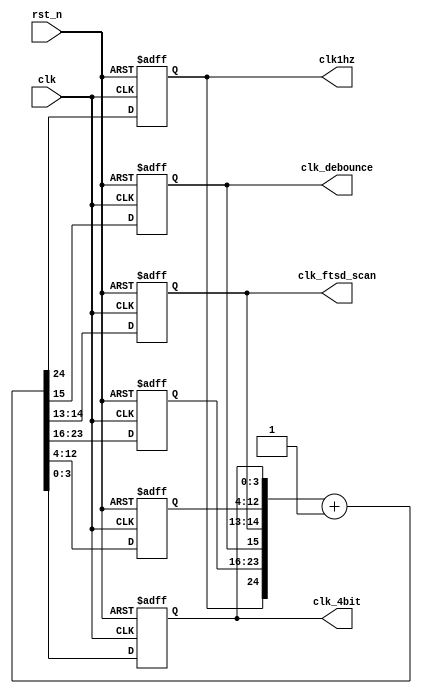
`timescale 1ns / 1ps
//////////////////////////////////////////////////////////////////////////////////
// Company: 
// Engineer: 
// 
// Design Name: 
// Module Name:    freq_div 
// Project Name: 
// Target Devices: 
// Tool versions: 
// Description: 
//
// Dependencies: 
//
// Revision: 
// Revision 0.01 - File Created
// Additional Comments: 
//
//////////////////////////////////////////////////////////////////////////////////
`define FREQ_DIV_BIT 25 // #bits for freq divider
`define FTSD_SCAN_CTL_BIT_WIDTH 2 // #bits for 14-seg display scan control

module freq_div2(clk_4bit,clk1hz,clk_debounce, clk_ftsd_scan, clk, rst_n);
	output clk1hz; // ~ 1.2 Hz clock
	output clk_debounce; // clk for push button debounce
	output [1:0] clk_ftsd_scan; // clk for 14-segment display
	input clk; // system clock, ~ 40 MHz
	input rst_n; // active low reset
	reg clk1hz, clk_debounce; // for always
	reg [1:0] clk_ftsd_scan; // for always
	reg [7:0] clk_buff_high; // local signal
	reg [8:0] clk_buff_low; // local signal
	output reg [3:0]clk_4bit;
	wire [`FREQ_DIV_BIT-1:0] clk_cnt; // local signal for clock counter//
	
	assign clk_cnt ={clk1hz,clk_buff_high,clk_debounce,clk_ftsd_scan,clk_buff_low,clk_4bit} +1'b1;

	
	always@(posedge clk or negedge rst_n)
		begin
			if(~rst_n)
			{clk1hz,clk_buff_high,clk_debounce,clk_ftsd_scan,clk_buff_low,clk_4bit}<= `FREQ_DIV_BIT'd0; 
			else
			{clk1hz,clk_buff_high,clk_debounce,clk_ftsd_scan,clk_buff_low,clk_4bit}<= clk_cnt;
		end
 endmodule